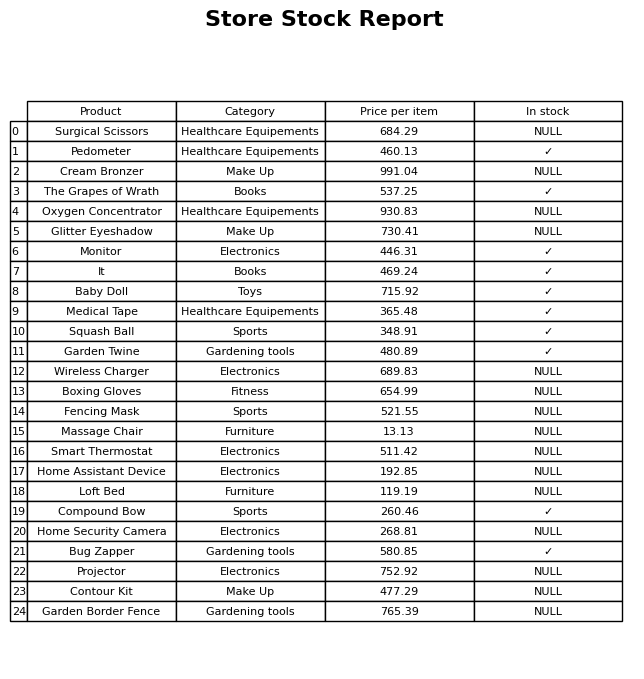
question: What is the price for Medical Tape?
answer: The price of Medical Tape is 365.48.